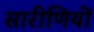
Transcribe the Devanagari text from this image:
सारीणियों